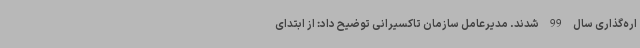
اره‌گذاری سال 99 شدند. مدیرعامل سازمان تاکسیرانی توضیح داد: از ابتدای